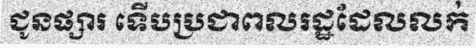
ជូនផ្សារ ទើបប្រជាពលរដ្ឋដែលលក់